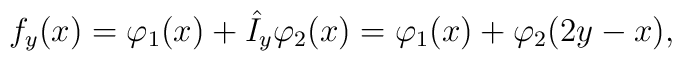
f_{y}(x)=\varphi _{1}(x)+\hat{I}_{y}\varphi _{2}(x)=\varphi _{1}(x)+\varphi_{2}(2y-x),